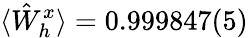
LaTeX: \langle\hat{W}_{h}^{x}\rangle=0.999847(5)